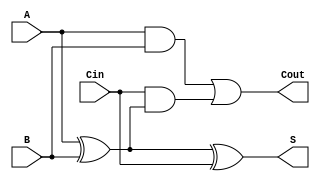
module FullAdder (
    input  wire A,     // First input bit
    input  wire B,     // Second input bit
    input  wire Cin,   // Carry input
    output wire S,     // Sum output
    output wire Cout   // Carry output
);

// Sum output computation
assign S = A ^ B ^ Cin;

// Carry output computation
assign Cout = (A & B) | (Cin & (A ^ B));

endmodule